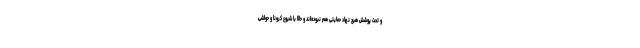
و تحت پوشش هیچ نهاد حمایتی هم نبوده‌اند و حالا با شیوع کرونا و حواشی